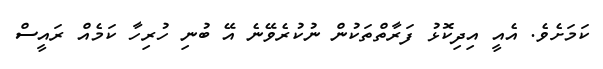
ކަމަށެވެ. އެއީ އިދިކޮޅު ފަރާތްތަކުން ނުކުރެވޭނެ އޭ ބުނި ހުރިހާ ކަމެއް ރައީސް